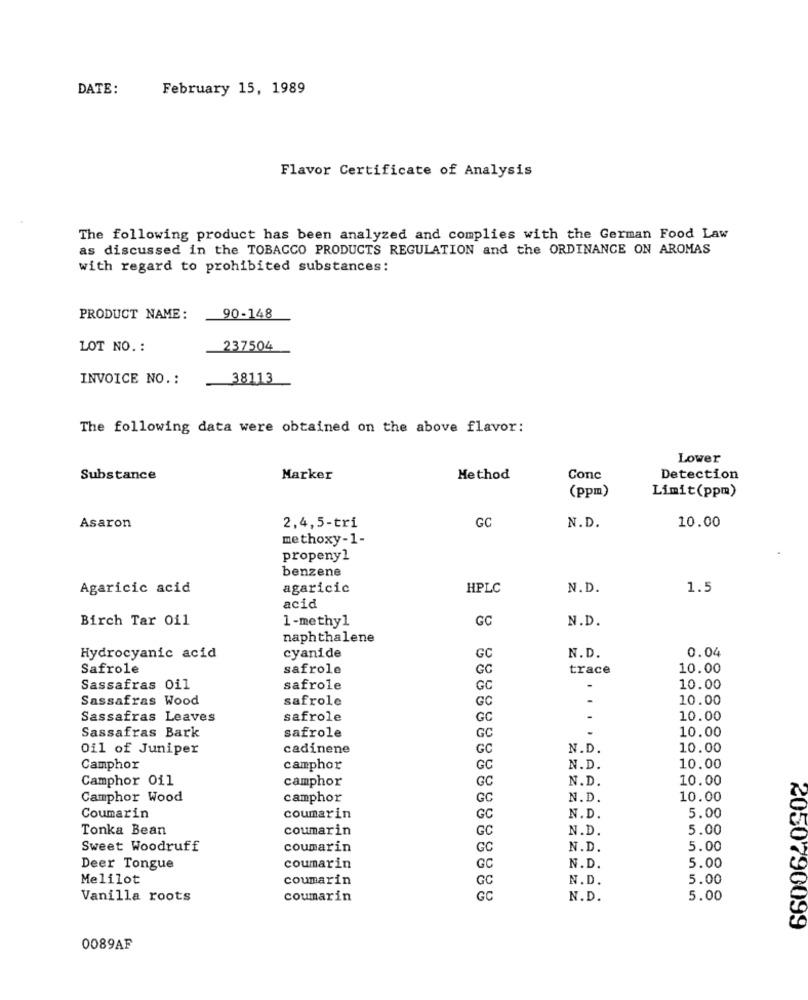
DATE:
February 15, 1989
Flavor Certificate of Analysis
The following product has been analyzed and complies with the German Food Law
as discussed in the TOBACCO PRODUCTS REGULATION and the ORDINANCE ON AROMAS
with regard to prohibited substances:
PRODUCT NAME:
90-148
LOT NO. :
237504
INVOICE NO .:
38113
The following data were obtained on the above flavor:
Lower
Substance
Marker
Method
Conc
Detection
(ppm)
Limit(ppm)
GC
N.D.
10.00
Asaron
2,4,5-tri
methoxy-1-
propeny1
benzene
Agaricic acid
agaricic
HPLC
N.D.
1.5
acid
Birch Tar Oil
1-methyl
GC
N.D.
naphthalene
0.04
Hydrocyanic acid
cyanide
GC
N. D.
Safrole
safrole
GC
trace
10.00
Sassafras Oil
safrole
GC
-
10.00
Sassafras Wood
safrole
GC
10.00
Sassafras Leaves
safrole
GC
10.00
10.00
Sassafras Bark
safrole
GC
Oil of Juniper
cadinene
GC
N.D.
10.00
Camphor
camphor
GC
N.D.
10.00
Camphor Oil
camphor
GC
N.D.
10.00
Camphor Wood
camphor
GC
N.D.
10.00
Coumarin
coumarin
GC
N.D.
5.00
Tonka Bean
coumarin
GC
N.D.
5.00
Sweet Woodruff
coumarin
GC
N.D.
5.00
5.00
Deer Tongue
coumarin
GC
N.D.
Melilot
coumarin
GC
N.D.
5.00
Vanilla roots
coumarin
GC
N.D.
5.00
<050790099
0089AF